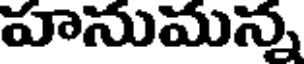
హనుమన్న